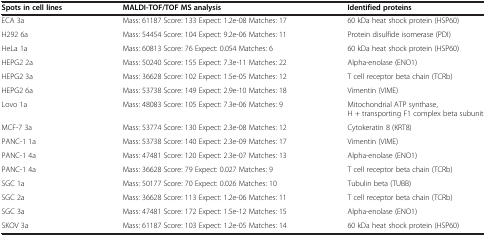
<table><thead><tr><td><b>Spots in cell lines</b></td><td><b>MALDI-TOF/TOF MS analysis</b></td><td><b>Identified proteins</b></td></tr></thead><tbody><tr><td>ECA 3a</td><td>Mass: 61187 Score: 133 Expect: 1.2e-08 Matches: 17</td><td>60 kDa heat shock protein (HSP60)</td></tr><tr><td>H292 6a</td><td>Mass: 54454 Score: 104 Expect: 9.2e-06 Matches: 11</td><td>Protein disulfide isomerase (PDI)</td></tr><tr><td>HeLa 1a</td><td>Mass: 60813 Score: 76 Expect: 0.054 Matches: 6</td><td>60 kDa heat shock protein (HSP60)</td></tr><tr><td>HEPG2 2a</td><td>Mass: 50240 Score: 155 Expect: 7.3e-11 Matches: 22</td><td>Alpha-enolase (ENO1)</td></tr><tr><td>HEPG2 3a</td><td>Mass: 36628 Score: 102 Expect: 1.5e-05 Matches: 12</td><td>T cell receptor beta chain (TCRb)</td></tr><tr><td>HEPG2 6a</td><td>Mass: 53738 Score: 149 Expect: 2.9e-10 Matches: 18</td><td>Vimentin (VIME)</td></tr><tr><td>Lovo 1a</td><td>Mass: 48083 Score: 105 Expect: 7.3e-06 Matches: 9</td><td>Mitochondrial ATP synthase, H + transporting F1 complex beta subunit</td></tr><tr><td>MCF-7 3a</td><td>Mass: 53774 Score: 130 Expect: 2.3e-08 Matches: 12</td><td>Cytokeratin 8 (KRT8)</td></tr><tr><td>PANC-1 1a</td><td>Mass: 53738 Score: 140 Expect: 2.3e-09 Matches: 17</td><td>Vimentin (VIME)</td></tr><tr><td>PANC-1 4a</td><td>Mass: 47481 Score: 120 Expect: 2.3e-07 Matches: 13</td><td>Alpha-enolase (ENO1)</td></tr><tr><td>PANC-1 4a</td><td>Mass: 36628 Score: 79 Expect: 0.027 Matches: 9</td><td>T cell receptor beta chain (TCRb)</td></tr><tr><td>SGC 1a</td><td>Mass: 50177 Score: 70 Expect: 0.026 Matches: 10</td><td>Tubulin beta (TUBB)</td></tr><tr><td>SGC 2a</td><td>Mass: 36628 Score: 113 Expect: 1.2e-06 Matches: 11</td><td>T cell receptor beta chain (TCRb)</td></tr><tr><td>SGC 3a</td><td>Mass: 47481 Score: 172 Expect: 1.5e-12 Matches: 15</td><td>Alpha-enolase (ENO1)</td></tr><tr><td>SKOV 3a</td><td>Mass: 61187 Score: 103 Expect: 1.2e-05 Matches: 14</td><td>60 kDa heat shock protein (HSP60)</td></tr></tbody></table>